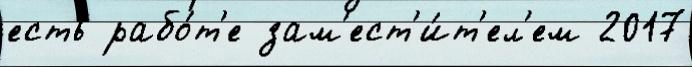
есть рабо́т'е зам'ест'и́т'ел'ем 2017